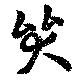
哭